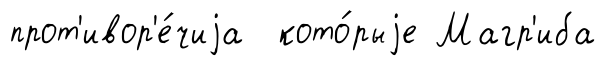
прот'ивор'е́чиjа кото́рыjе Магр'иба